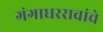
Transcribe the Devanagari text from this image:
गंगाधररावांचे